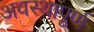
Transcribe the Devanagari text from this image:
अवस्थापूर्ण